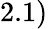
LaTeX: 2.1)